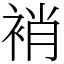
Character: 䘯